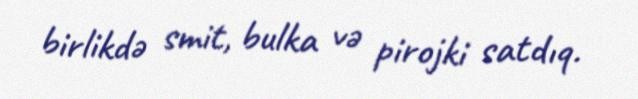
birlikdə smit, bulka və pirojki satdıq.